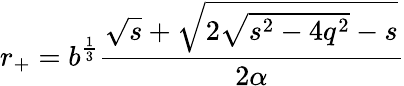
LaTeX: r_{+}=b^{\frac 13}\frac{\sqrt{s}+\sqrt{2\sqrt{s^{2}-4q^{2}}-s}}{2\alpha}